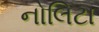
નોલિટા